Report of the Indian Hemp Drugs Commission, 1894-1895 - Volume I
Year: 1894
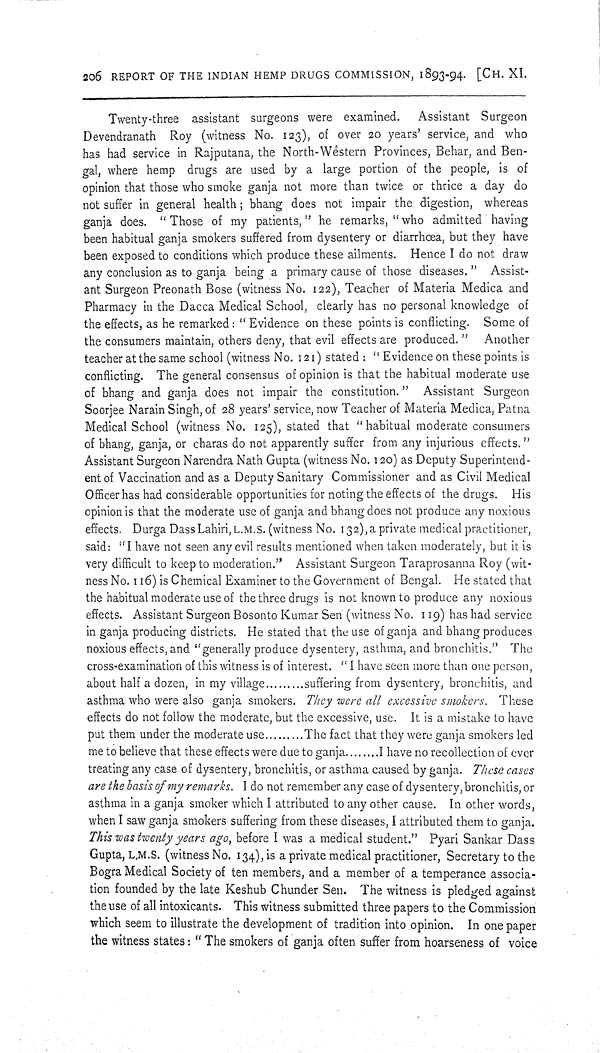
206 REPORT OF THE INDIAN HEMP DRUGS COMMISSION, 1893-94. [CH. XI.
Twenty-three assistant surgeons were examined. Assistant Surgeon
Devendranath Roy (witness No. 123), of over 20 years' service, and who
has had service in Rajputana, the North-Western Provinces, Behar, and Ben-
gal, where hemp drugs are used by a large portion of the people, is of
opinion that those who smoke ganja not more than twice or thrice a day do
not suffer in general health; bhang does not impair the digestion, whereas
ganja does. "Those of my patients," he remarks, "who admitted having
been habitual ganja smokers suffered from dysentery or diarrhœa, but they have
been exposed to conditions which produce these ailments. Hence I do not draw
any conclusion as to ganja being a primary cause of those diseases." Assist-
ant Surgeon Preonath Bose (witness No. 122), Teacher of Materia Medica and
Pharmacy in the Dacca Medical School, clearly has no personal knowledge of
the effects, as he remarked: "Evidence on these points is conflicting. Some of
the consumers maintain, others deny, that evil effects are produced." Another
teacher at the same school (witness No. 121) stated: "Evidence on these points is
conflicting. The general consensus of opinion is that the habitual moderate use
of bhang and ganja does not impair the constitution." Assistant Surgeon
Soorjee Narain Singh, of 28 years' service, now Teacher of Materia Medica, Patna
Medical School (witness No. 125), stated that "habitual moderate consumers
of bhang, ganja, or charas do not apparently suffer from any injurious effects."
Assistant Surgeon Narendra Nath Gupta (witness No. 120) as Deputy Superintend-
ent of Vaccination and as a Deputy Sanitary Commissioner and as Civil Medical
Officer has had considerable opportunities for noting the effects of the drugs. His
opinion is that the moderate use of ganja and bhang does not produce any noxious
effects. Durga Dass Lahiri,L.M.S. (witness No. 132),a private medical practitioner,
said: "I have not seen any evil results mentioned when taken moderately, but it is
very difficult to keep to moderation." Assistant Surgeon Taraprosanna Roy (wit-
ness No. 116) is Chemical Examiner to the Government of Bengal. He stated that
the habitual moderate use of the three drugs is not known to produce any noxious
effects. Assistant Surgeon Bosonto Kumar Sen (witness No . 119) has had service
in ganja producing districts. He stated that the use of ganja and bhang produces
noxious effects, and "generally produce dysentery, asthma, and bronchitis." The
cross-examination of this witness is of interest. "I have seen more than one person,
about half a dozen, in my village
suffering from dysentery, bronchitis, and
asthma who were also ganja smokers. They were all excessive smokers. These
effects do not follow the moderate, but the excessive, use. It is a mistake to have
put them under the moderate use
The fact that they were ganja smokers led
me to believe that these effects were due to ganja
I have no recollection of ever
treating any case of dysentery, bronchitis, or asthma caused by ganja. These cases
are the basis of my remarks. I do not remember any case of dysentery, bronchitis, or
asthma in a ganja smoker which I attributed to any other cause. In other words,
when I saw ganja smokers suffering from these diseases, I attributed them to ganja.
This was twenty years ago, before I was a medical student." Pyari Sankar Dass
Gupta, L.M.S. (witness No. 134), is a private medical practitioner, Secretary to the
Bogra Medical Society of ten members, and a member of a temperance associa-
tion founded by the late Keshub Chunder Sen. The witness is pledged against
the use of all intoxicants. This witness submitted three papers to the Commission
which seem to illustrate the development of tradition into opinion. In one paper
the witness states: "The smokers of ganja often suffer from hoarseness of voice